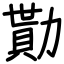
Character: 勩